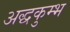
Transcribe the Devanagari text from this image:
अद्धकुम्भ